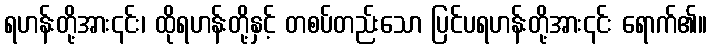
ရဟန်းတို့အား၎င်း၊ ထိုရဟန်းတို့နှင့် တစပ်တည်းသော ပြင်ပရဟန်းတို့အား၎င်း ရောက်၏။